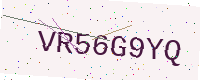
Text: VR56G9YQ